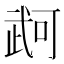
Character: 𭭫